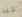
جيد